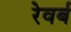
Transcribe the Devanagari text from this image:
रेवर्ब